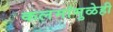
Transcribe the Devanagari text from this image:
कलमांमुळेही